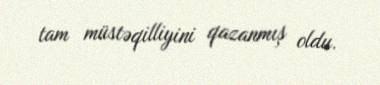
tam müstəqilliyini qazanmış oldu.